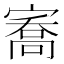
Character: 㝯